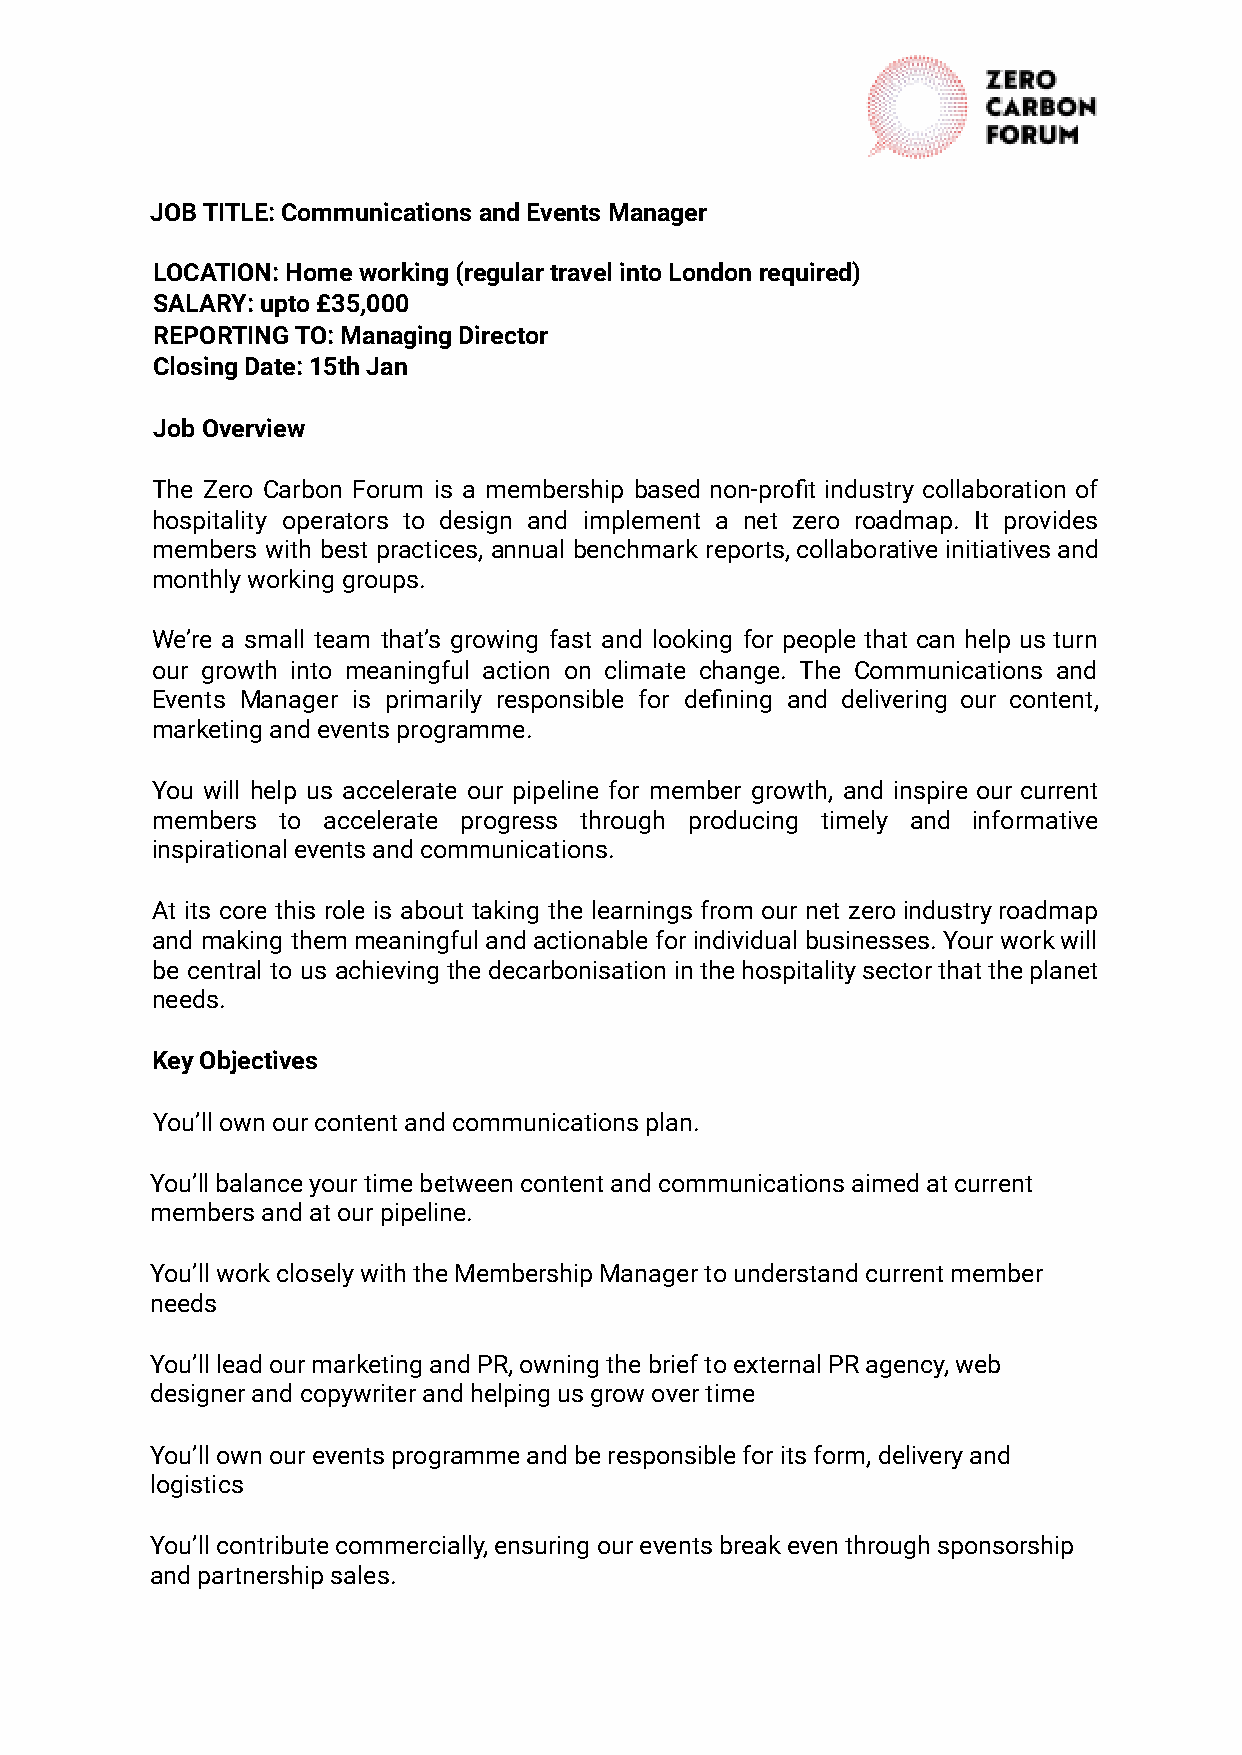
JOB TITLE: Communications and Events Manager
 LOCATION: Home working (regular travel into London required)
 SALARY: upto £35,000
 REPORTING TO: Managing Director
 Closing Date: 15th Jan
 Job Overview
 The Zero Carbon Forum is a membership based non-profit industry collaboration of
 hospitality operators to design and implement a net zero roadmap. It provides
 members with best practices, annual benchmark reports,collaborativeinitiativesand
 monthly working groups.
 We’re a small team that’s growing fast and looking for people that can help us turn
 our growth into meaningful action on climate change. The Communications and
 Events Manager is primarily responsible for defining and delivering our content,
 marketing and events programme.
 You will help us accelerate our pipeline for member growth, and inspire our current
 members to accelerate progress through producing timely and informative
 inspirational events and communications.
 At its core this role is about taking the learnings from our net zeroindustryroadmap
 and making themmeaningfulandactionableforindividualbusinesses.Yourworkwill
 be central to us achievingthedecarbonisationinthehospitalitysectorthattheplanet
 needs.
 Key Objectives
 You’ll own our content and communications plan.
 You’ll balance your time between content and communications aimed at current
 members and at our pipeline.
 You’ll work closely with the Membership Manager to understand current member
 needs
 You’ll lead our marketing and PR, owning the brief to external PR agency, web
 designer and copywriter and helping us grow over time
 You’ll own our events programme and be responsible for its form, delivery and
 logistics
 You’ll contribute commercially, ensuring our events break even through sponsorship
 and partnership sales.